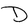
Character: D